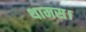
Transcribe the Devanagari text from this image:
थामस।